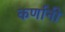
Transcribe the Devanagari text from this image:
कर्णानी